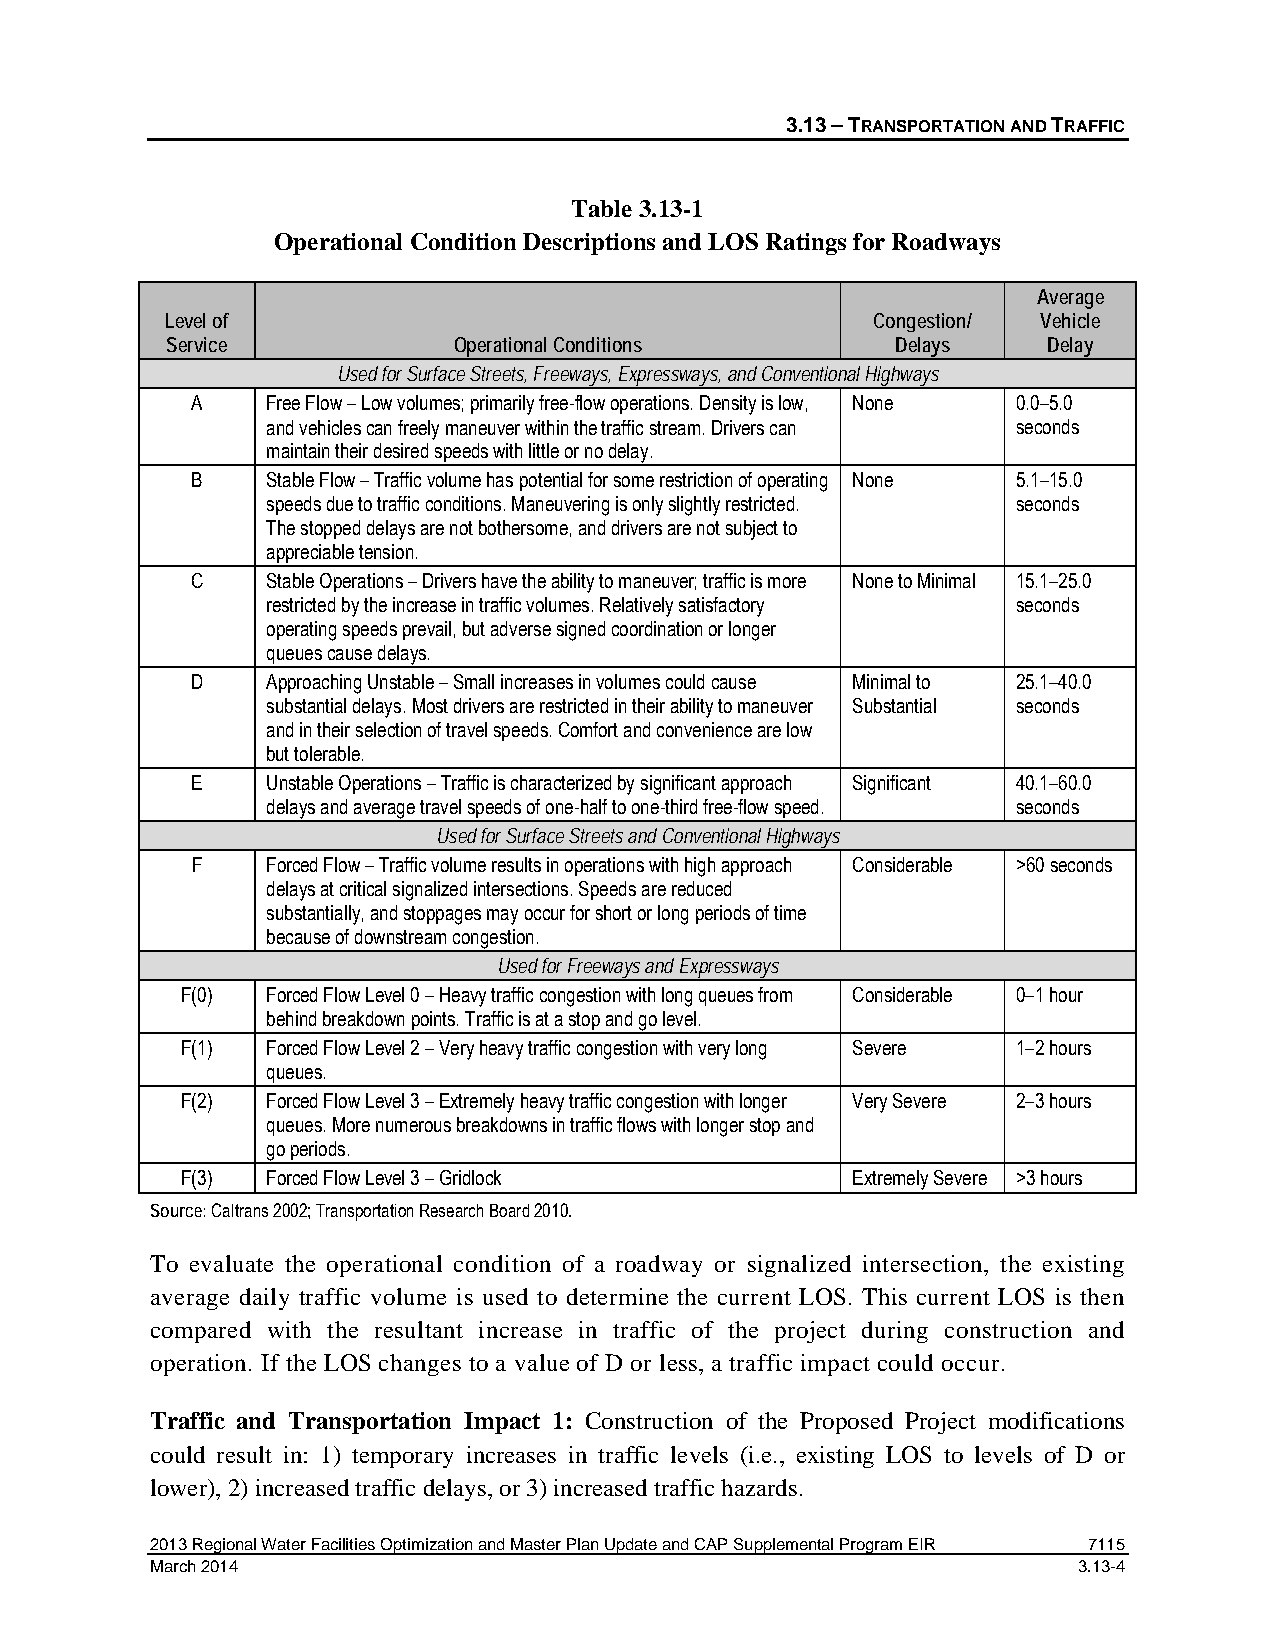
3.13 – TRANSPORTATION AND TRAFFIC
 Table 3.13-1
 Operational Condition Descriptions and LOS Ratings for Roadways
 Average
 Level of                                       Congestion/ Vehicle
 Service            Operational Conditions       Delays    Delay
 Used for Surface Streets, Freeways, Expressways, and Conventional Highways
 A    Free Flow – Low volumes; primarily free-flow operations. Density is low, None 0.0–5.0
 and vehicles can freely maneuver within the traffic stream. Drivers can seconds
 maintain their desired speeds with little or no delay.
 B    Stable Flow – Traffic volume has potential for some restriction of operating None 5.1–15.0
 speeds due to traffic conditions. Maneuvering is only slightly restricted. seconds
 The stopped delays are not bothersome, and drivers are not subject to
 appreciable tension.
 C    Stable Operations – Drivers have the ability to maneuver; traffic is more None to Minimal 15.1–25.0
 restricted by the increase in traffic volumes. Relatively satisfactory seconds
 operating speeds prevail, but adverse signed coordination or longer
 queues cause delays.
 D    Approaching Unstable – Small increases in volumes could cause Minimal to 25.1–40.0
 substantial delays. Most drivers are restricted in their ability to maneuver Substantial seconds
 and in their selection of travel speeds. Comfort and convenience are low
 but tolerable.
 E    Unstable Operations – Traffic is characterized by significant approach Significant 40.1–60.0
 delays and average travel speeds of one-half to one-third free-flow speed. seconds
 Used for Surface Streets and Conventional Highways
 F    Forced Flow – Traffic volume results in operations with high approach Considerable >60 seconds
 delays at critical signalized intersections. Speeds are reduced
 substantially, and stoppages may occur for short or long periods of time
 because of downstream congestion.
 Used for Freeways and Expressways
 F(0)  Forced Flow Level 0 – Heavy traffic congestion with long queues from Considerable 0–1 hour
 behind breakdown points. Traffic is at a stop and go level.
 F(1)  Forced Flow Level 2 – Very heavy traffic congestion with very long Severe 1–2 hours
 queues.
 F(2)  Forced Flow Level 3 – Extremely heavy traffic congestion with longer Very Severe 2–3 hours
 queues. More numerous breakdowns in traffic flows with longer stop and
 go periods.
 F(3)  Forced Flow Level 3 – Gridlock        Extremely Severe >3 hours
 Source: Caltrans 2002; Transportation Research Board 2010.
 To evaluate the operational condition of a roadway or signalized intersection, the existing
 average daily traffic volume is used to determine the current LOS. This current LOS is then
 compared with the resultant increase in traffic of the project during construction and
 operation. If the LOS changes to a value of D or less, a traffic impact could occur.
 Traffic and Transportation Impact 1: Construction of the Proposed Project modifications
 could result in: 1) temporary increases in traffic levels (i.e., existing LOS to levels of D or
 lower), 2) increased traffic delays, or 3) increased traffic hazards.
 2013 Regional Water Facilities Optimization and Master Plan Update and CAP Supplemental Program EIR 7115
 March 2014                                                   3.13-4